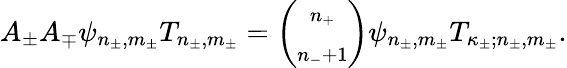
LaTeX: A_{\pm}A_{\mp}\psi_{n_{\pm},m_{\pm}}T_{n_{\pm},m_{\pm}}=\left(\begin{array}{c}{{\scriptstyle n_{+}}}\\ {{\scriptstyle{n_{-}+1}}}\end{array}\right)\psi_{n_{\pm},m_{\pm}}T_{\kappa_{\pm};n_{\pm},m_{\pm}}.